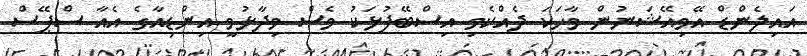
އައިލެންޑް އޭވިއޭޝަނުން ވާހަކަ ދެއްކެވި އިސްބޭފުޅަކު ވެސް ވިދާޅުވީ އިންޑިއާގެ އެއާ ސްޕޭސް